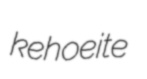
kehoeite